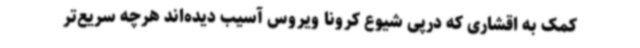
کمک به اقشاری که درپی شیوع کرونا ویروس آسیب دیده‌اند هرچه سریع‌تر